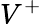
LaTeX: V^{+}